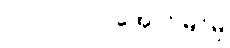
၇၂။ ၁၀၀% အောင်မြင်မှု